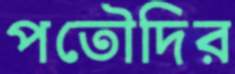
পতৌদির